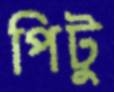
পিটু